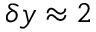
\delta y \approx 2